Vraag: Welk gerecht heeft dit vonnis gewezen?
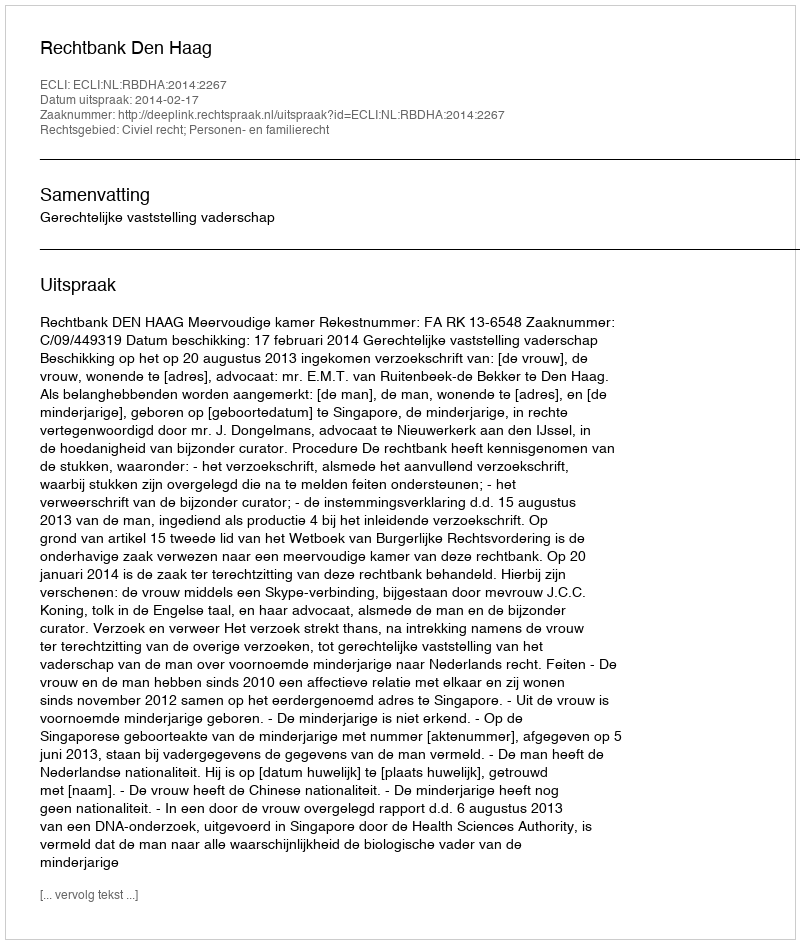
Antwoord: Rechtbank Den Haag